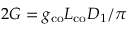
2 G = g _ { \mathrm { c o } } L _ { \mathrm { c o } } D _ { 1 } / \pi